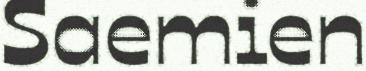
Saemien